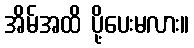
အိမ်အထိ ပို့ပေးမလား။